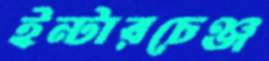
ইন্টারচেঞ্জ